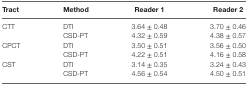
| Tract | Method | Reader 1 | Reader 2 |
 | --- | --- | --- | --- |
 | CTT | DTI | 3.64 ± 0.48 | 3.70 ± 0.46 |
 |  | CSD-PT | 4.32 ± 0.59 | 4.38 ± 0.57 |
 | CPCT | DTI | 3.50 ± 0.51 | 3.56 ± 0.50 |
 |  | CSD-PT | 4.22 ± 0.51 | 4.16 ± 0.58 |
 | CST | DTI | 3.14 ± 0.35 | 3.24 ± 0.43 |
 |  | CSD-PT | 4.56 ± 0.54 | 4.50 ± 0.51 |